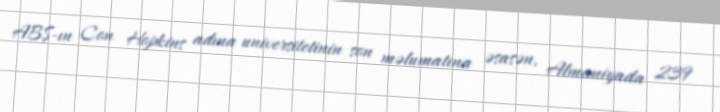
ABŞ-ın Con Hopkins adına universitetinin son məlumatına əsasən, Almaniyada 239